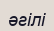
әгілі